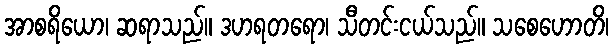
အာစရိယော၊ ဆရာသည်။ ဒဟရတရော၊ သီတင်းငယ်သည်။ သစေဟောတိ၊